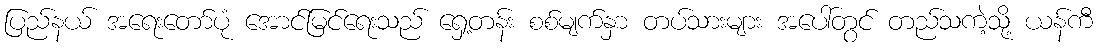
ပြည်နယ် အရေးတော်ပုံ အောင်မြင်ရေးသည် ရှေ့တန်း စစ်မျက်နှာ တပ်သားများ အပေါ်တွင် တည်သကဲ့သို့ ယန်ကီ